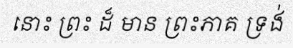
នោះ ព្រះ ដ៏ មាន ព្រះភាគ ទ្រង់